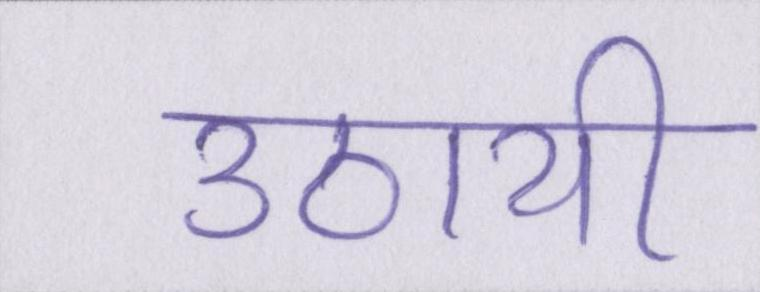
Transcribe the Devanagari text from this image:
उठायी